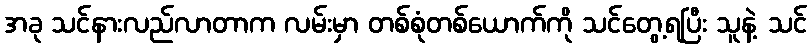
အခု သင်နားလည်လာတာက လမ်းမှာ တစ်စုံတစ်ယောက်ကို သင်တွေ့ရပြီး သူနဲ့ သင်